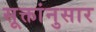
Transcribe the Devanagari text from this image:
सूक्तांनुसार